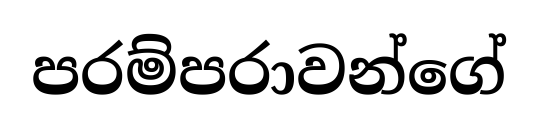
පරම්පරාවන්ගේ